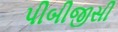
પીબીજીસી